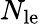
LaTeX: N_{\mathrm{le}}